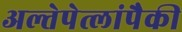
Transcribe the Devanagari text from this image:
अल्तेपेत्लांपैकी